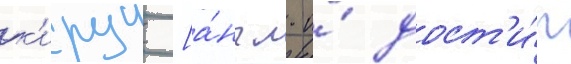
к'ируи [а́нгл. и́ дост'и́г